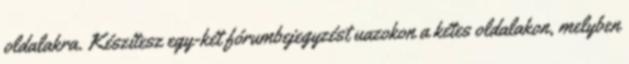
oldalakra. Készítesz egy-két fórumbejegyzést uazokon a kétes oldalakon, melyben